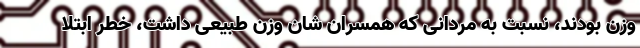
وزن بودند، نسبت به مردانی که همسران شان وزن طبیعی داشت، خطر ابتلا